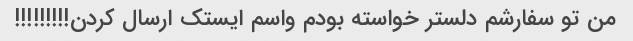
من تو سفارشم دلستر خواسته بودم واسم ایستک ارسال کردن!!!!!!!!!